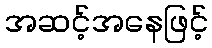
အဆင့်အနေဖြင့်